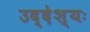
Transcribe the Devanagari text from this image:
उद्देश्यः